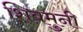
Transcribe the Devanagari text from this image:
शिवमुनी